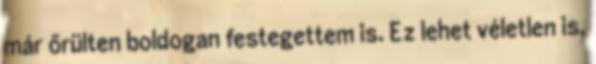
már őrülten boldogan festegettem is. Ez lehet véletlen is,